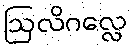
ဩလိဂလ္လေ